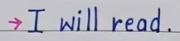
-> I will read .